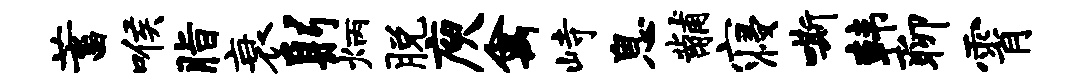
蓄喉脂衰躬炳脱庾禽峙息黼寝嘶韩聊霄